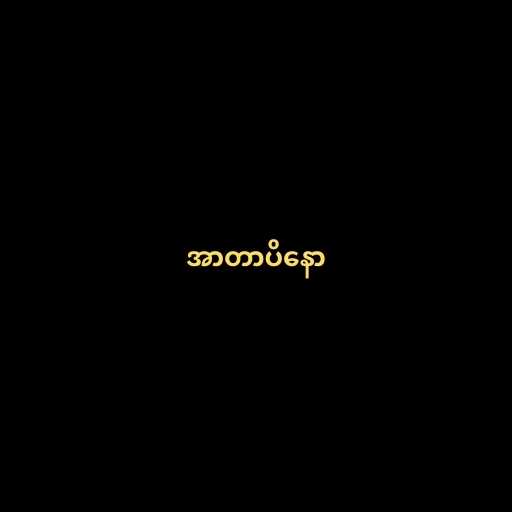
အာတာပိနော